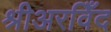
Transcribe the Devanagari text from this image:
श्रीअरविँद